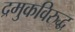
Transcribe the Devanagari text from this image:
द्रमुकविरुद्ध